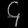
Digit: ၄